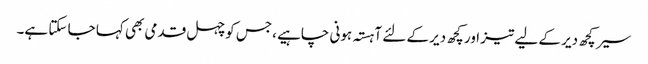
سیر کچھ دیر کے لیے تیز اور کچھ دیر کے لئے آہستہ ہونی چاہیے ،جس کو چہل قدمی بھی کہا جا سکتا ہے۔